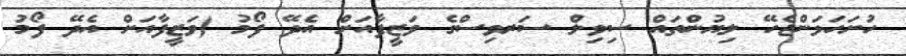
ހުށަހަޅަންޖެހޭ ލިޔުންތައް ސިވިލް ސަރވިސްގެ ވަޒީފާއަށް އެދޭ ފޯމު (ވަޒީފާއަށް އެދޭ ފޯމު